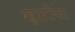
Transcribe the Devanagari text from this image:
बहुस्तरीयता